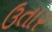
ઉતાર